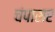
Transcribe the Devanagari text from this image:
चंपासर